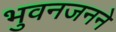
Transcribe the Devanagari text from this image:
भुवनजनने